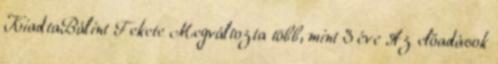
KiadtaBálint Fekete Megváltozta több, mint 3 éve Az előadások